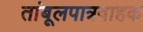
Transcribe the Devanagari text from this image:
तांबूलपात्रवाहक